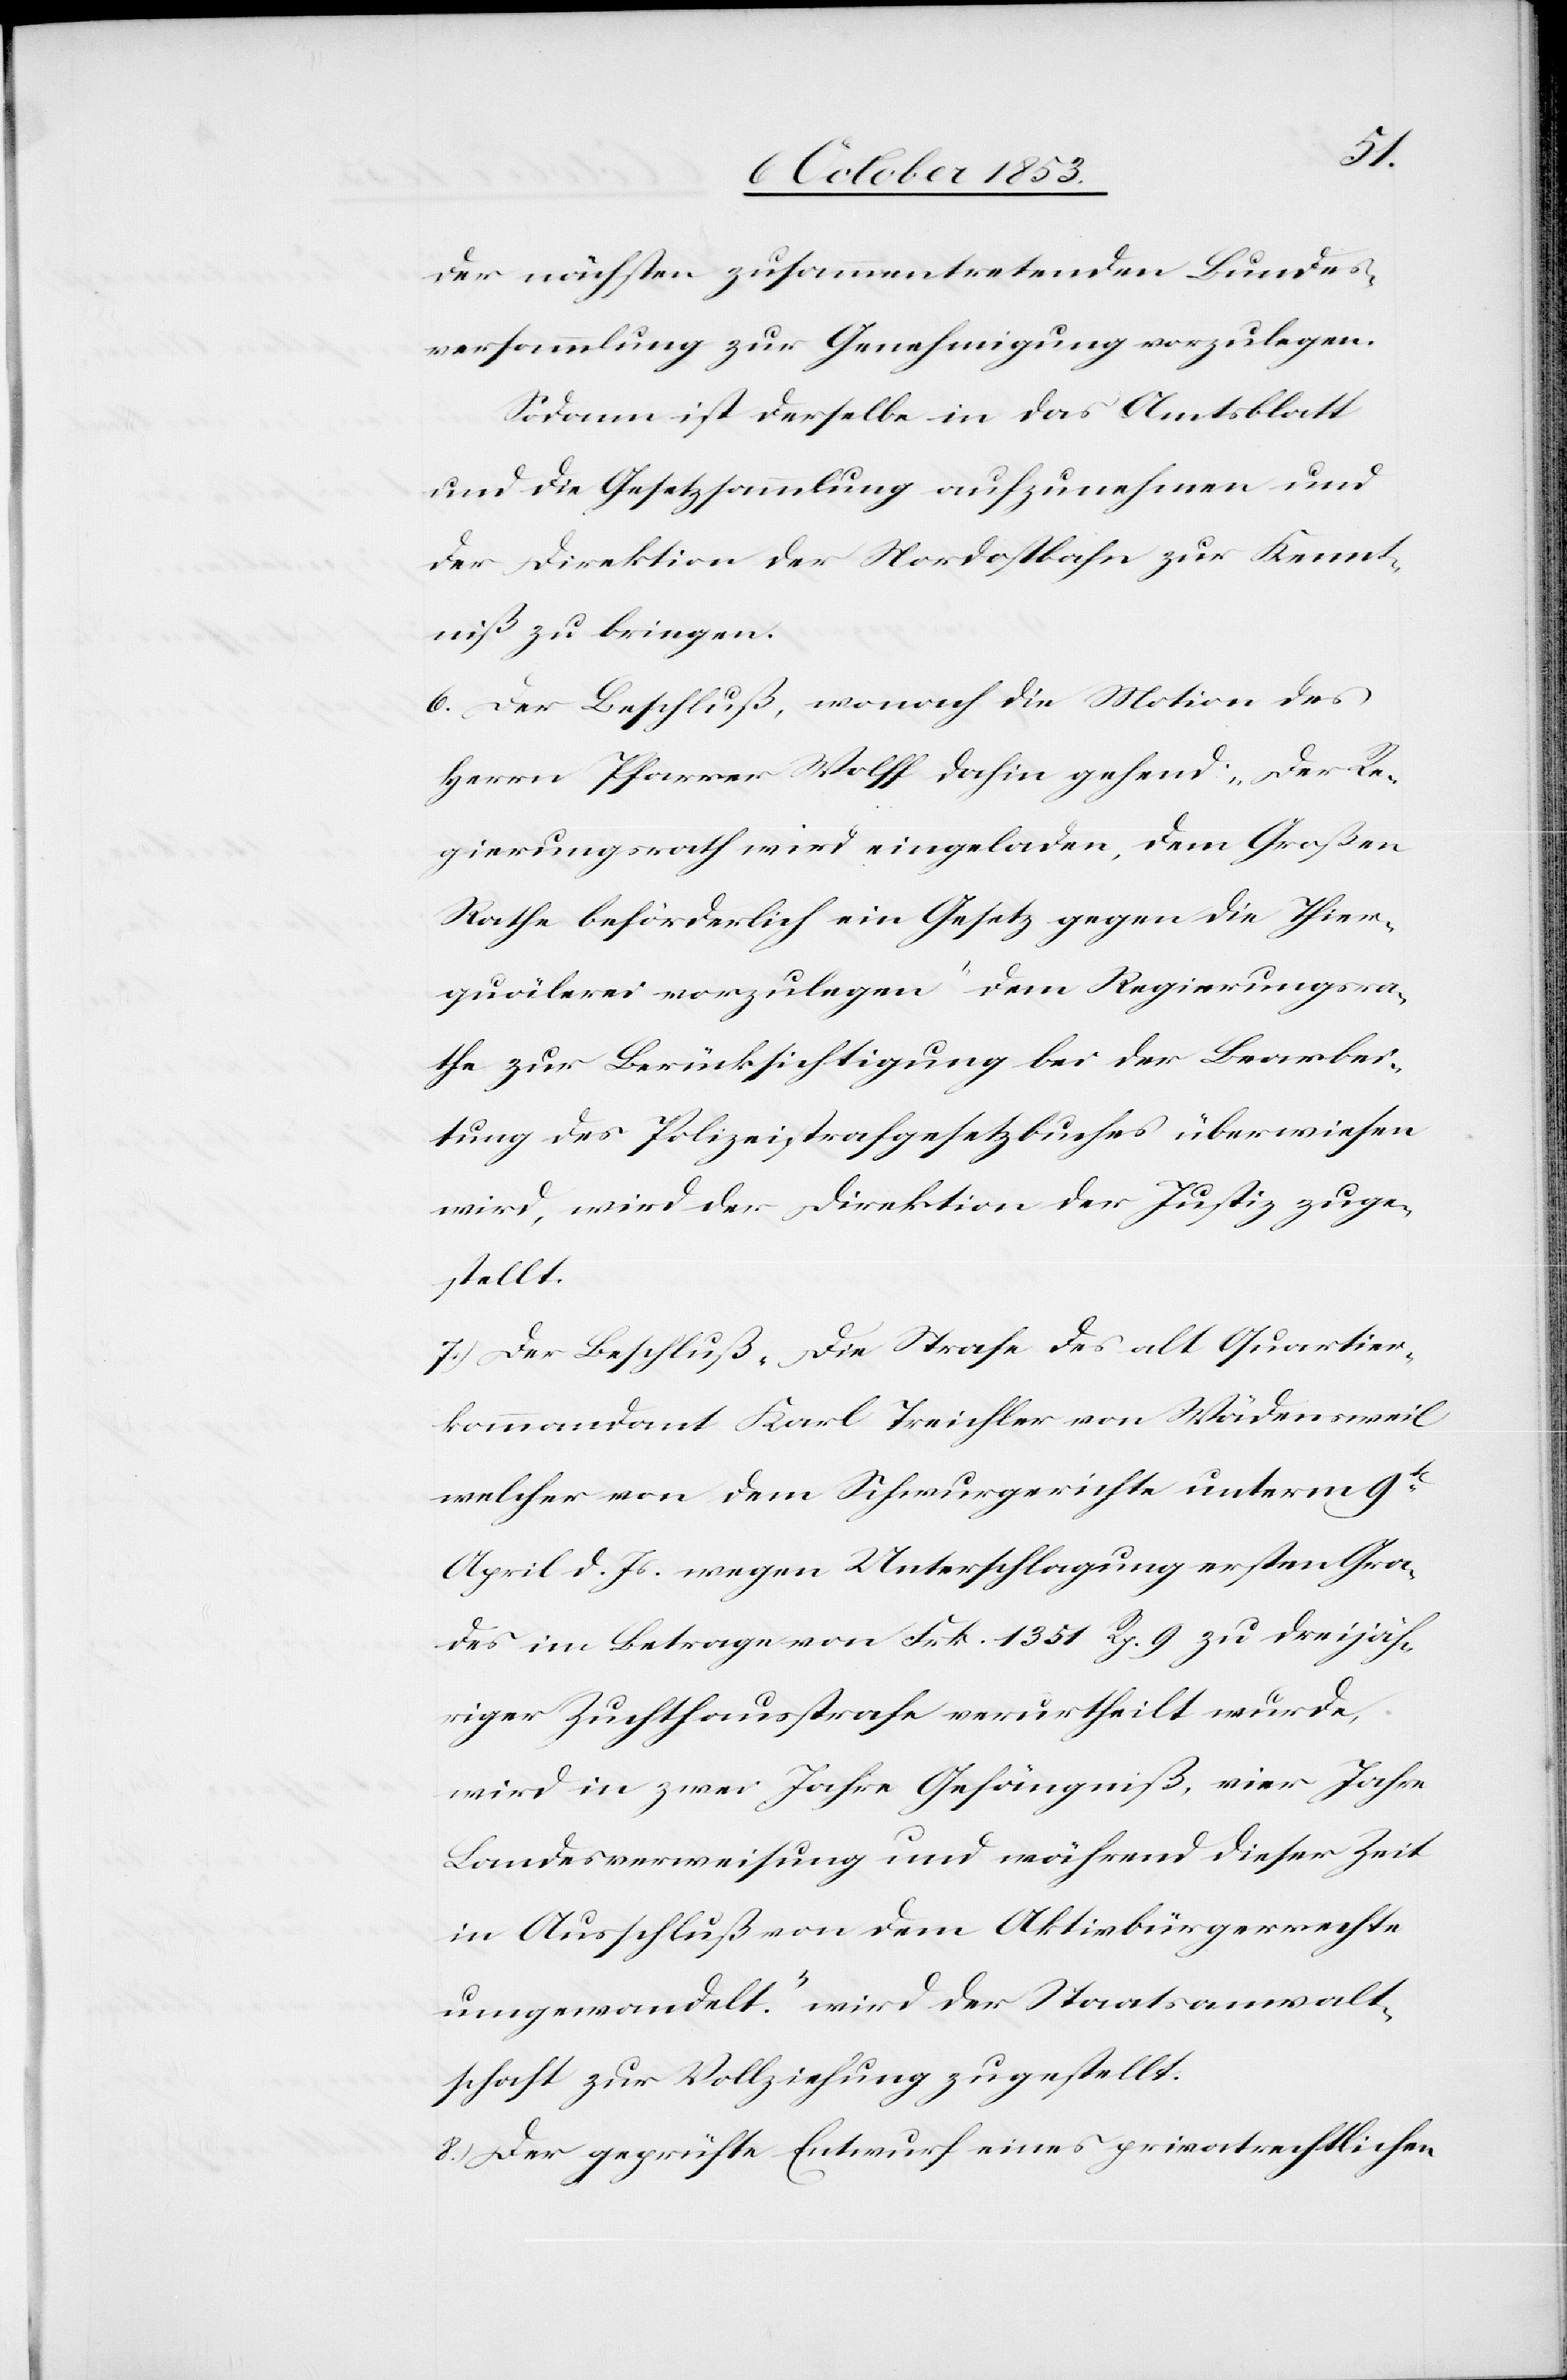
der nächsten zusammentretenden Bundes¬
versammlung zur Genehmigung vorzulegen.
Sodann ist derselbe in das Amtsblatt
und die Gesetzessammlung aufzunehmen und
der Direktion der Nordostbahn zur Kennt¬
niß zu bringen.
6. Der Beschluß, wonach die Motion des
Herrn Pfarrer Wolff dahin gehend: „Der Re¬
gierungsrath wird eingeladen, dem Großen
Rathe beförderlich ein Gesetz gegen die Thier¬
quälerei vorzulegen“ dem Regierungsra¬
the zur Berücksichtigung bei der Bearbei¬
tung des Polizeistrafgesetzbuches überwiesen
wird, wird der Direktion der Justiz zug¬
stellt.
7. Der Beschluß „Die Strafe des alt Quartier¬
kommandant Karl Treichler von Wädensweil
welcher von dem Schwurgerichte unterm 9t
April d. Js. wegen Unterschlagung ersten Gra¬
des im Betrage von Frk. 1351 Rp. 9 zu dreijäh¬
riger Zuchthausstrafe verurtheilt wurde,
wird in zwei Jahre Gefängniß, vier Jahre
Landesverweisung und während dieser Zeit
in Ausschluß von dem Aktivbürgerrechte
umgewandelt.“ Wird der Staatsanwalt¬
schaft zur Vollziehung zugestellt.
8.) Der geprüfte Entwurf eines privatrechtlichen